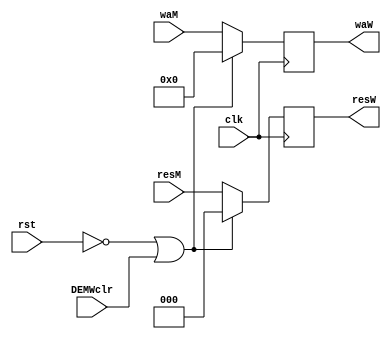
`timescale 1ns / 1ps
//////////////////////////////////////////////////////////////////////////////////
// Company: 
// Engineer: 
// 
// Design Name: 
// Module Name:    atcW 
// Project Name: 
// Target Devices: 
// Tool versions: 
// Description: 
//
// Dependencies: 
//
// Revision: 
// Revision 0.01 - File Created
// Additional Comments: 
//
//////////////////////////////////////////////////////////////////////////////////
module atcW(
    input [4:0] waM,
    input [2:0] resM,
    input clk,
	 input rst,
	 input DEMWclr,
    output [4:0] waW,
    output [2:0] resW
    );
	 
	 reg[4:0] wa = 0;
	 reg[2:0] res = 0;
	 
	 assign waW = wa;
	 assign resW = res;
	 
	 always @(posedge clk)begin
		if(!rst||DEMWclr)begin
			wa<= 0;
			res<= 0;
		
		end
		else begin
			wa<= waM;
			res<= resM;
		end
	 end


endmodule